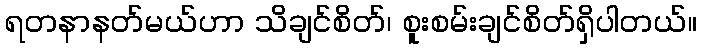
ရတနာနတ်မယ်ဟာ သိချင်စိတ်၊ စူးစမ်းချင်စိတ်ရှိပါတယ်။